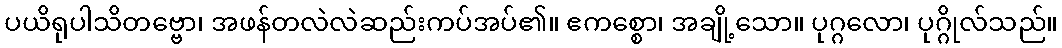
ပယိရုပါသိတဗ္ဗော၊ အဖန်တလဲလဲဆည်းကပ်အပ်၏။ ဧကစ္စော၊ အချို့သော။ ပုဂ္ဂလော၊ ပုဂ္ဂိုလ်သည်။